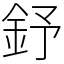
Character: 𨥤